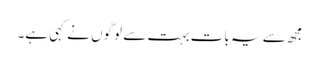
مجھ سے یہ بات بہت سے لوگوں نے کہی ہے۔